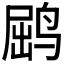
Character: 𫛵